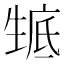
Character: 𤯰